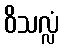
ဝိသလ္လံ